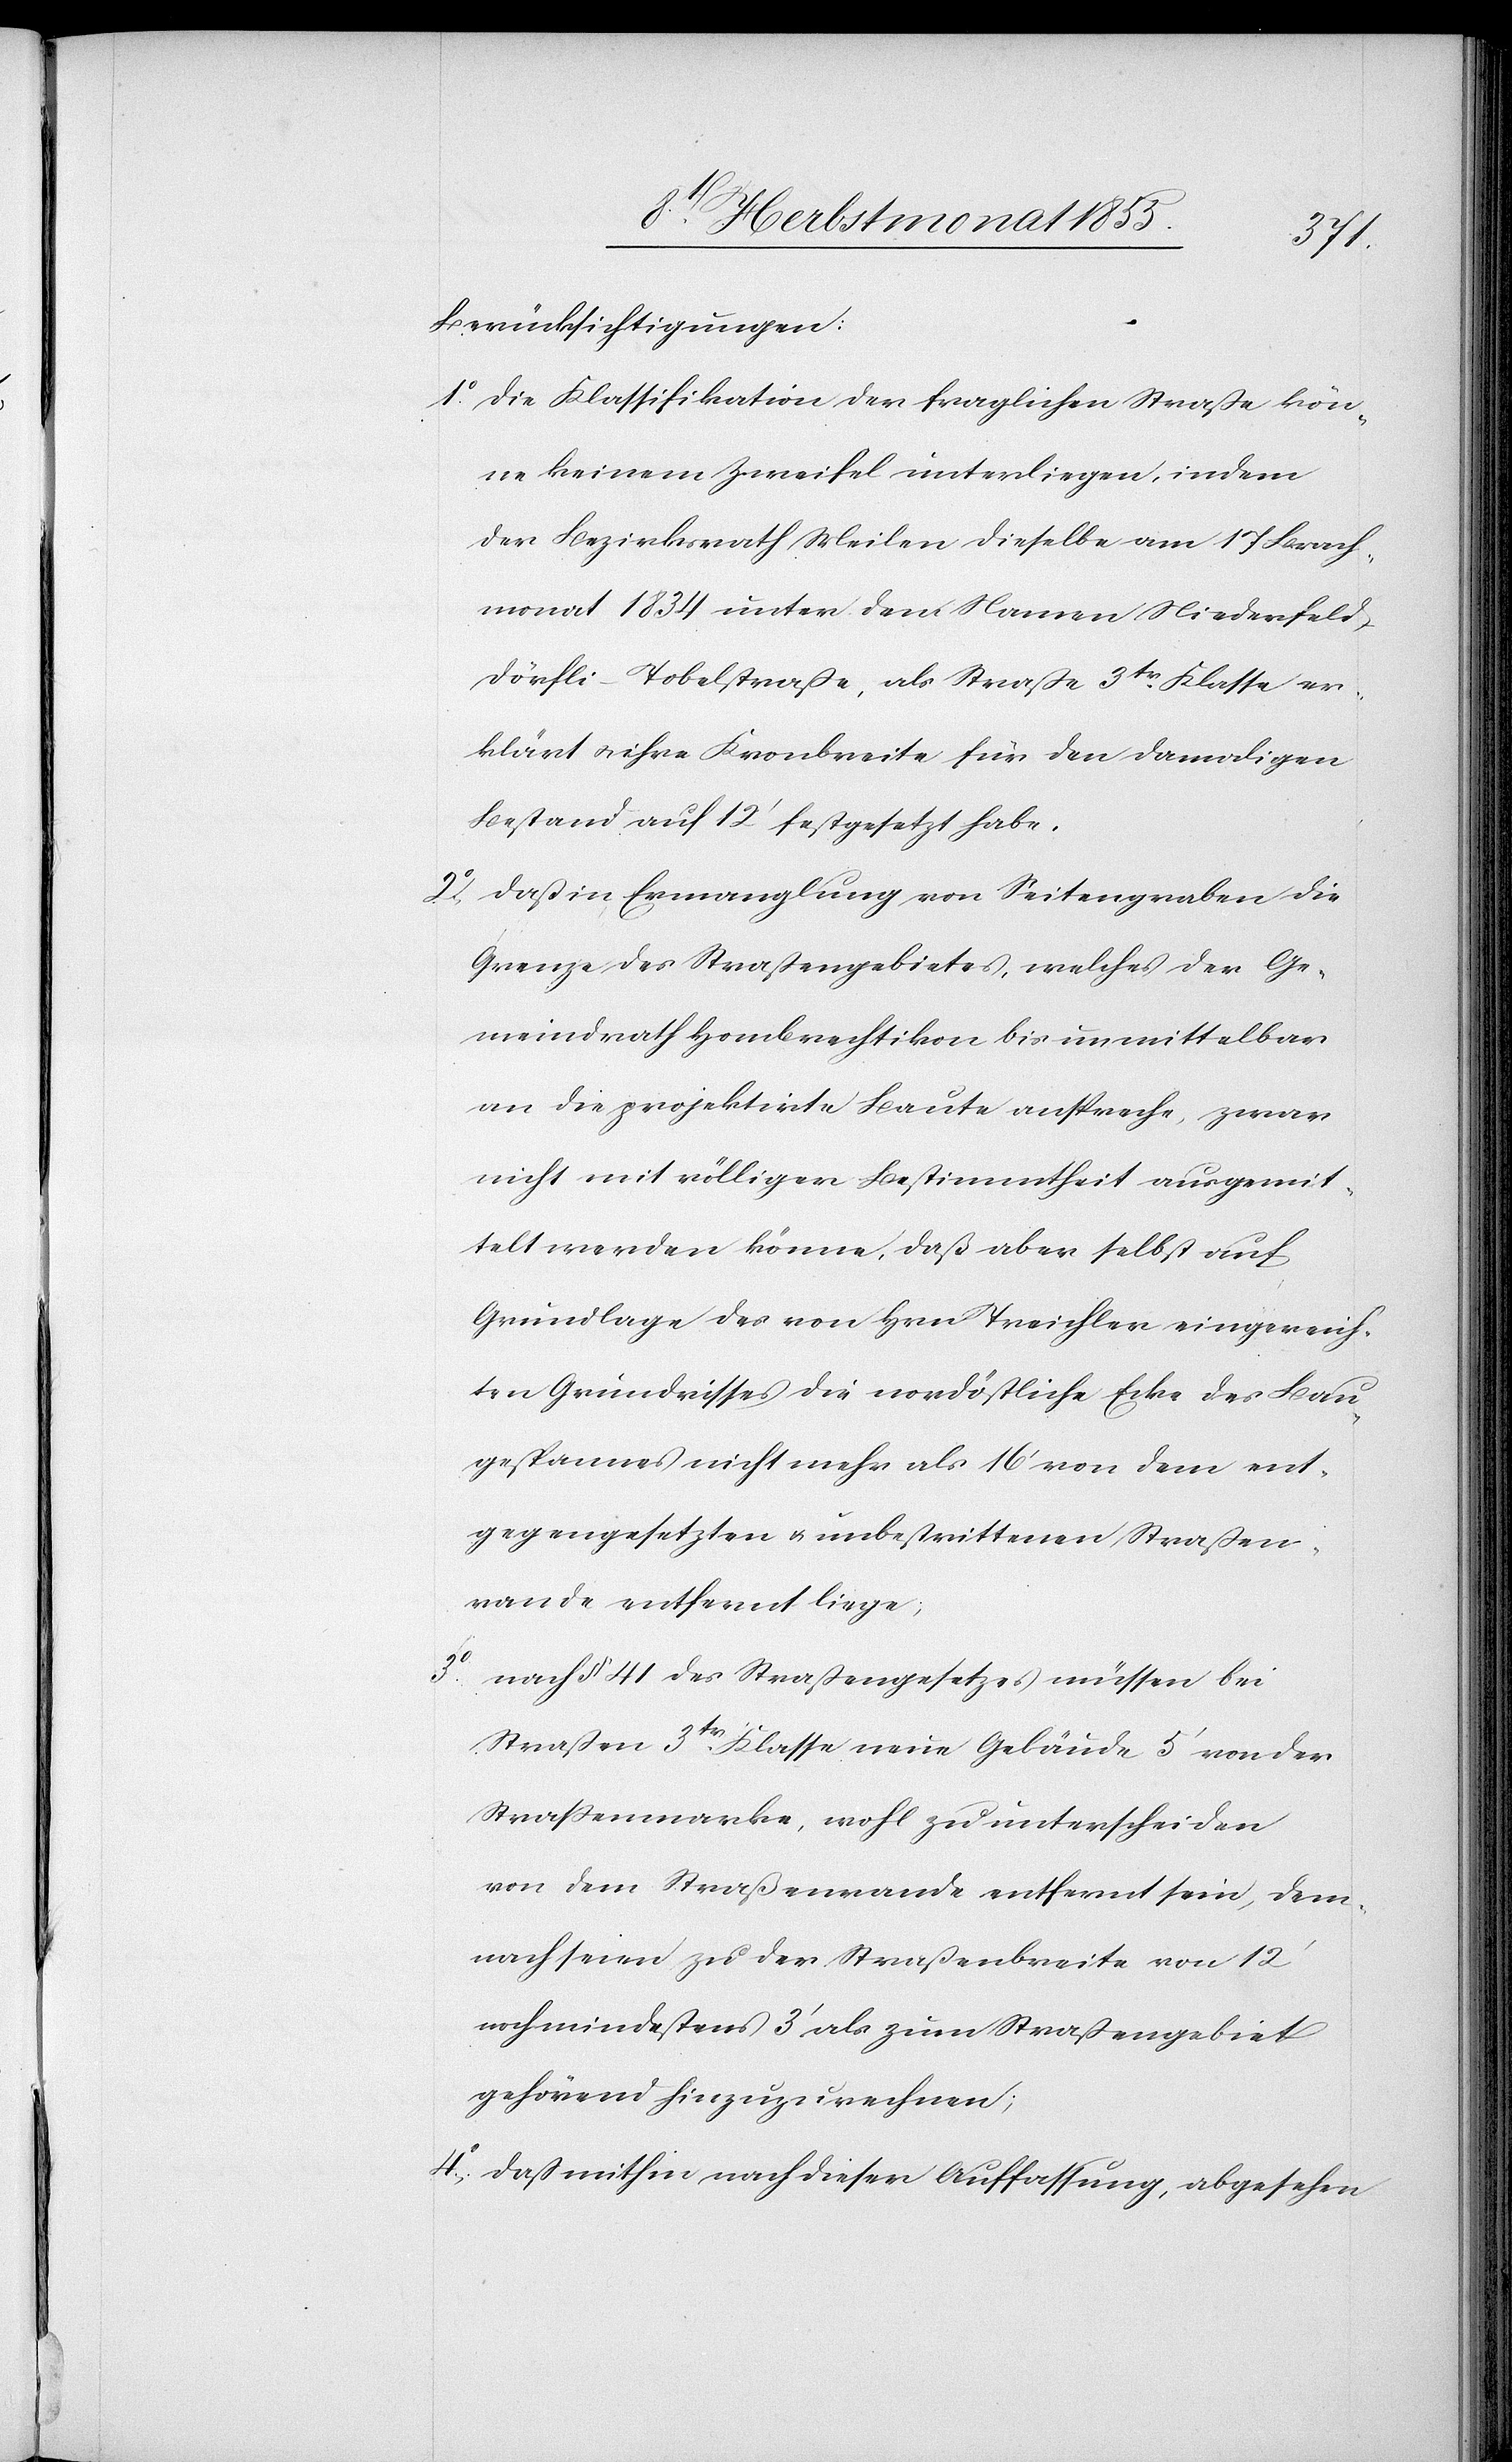
3o.

Berücksichtigungen:
die Klassifikation der fraglichen Straße kön¬
ne keinem Zweifel unterliegen, indem
der Bezirksrath Meilen dieselbe am 17 Brach¬
monat 1834 unter dem Namen Niederfel¬
d-Dörfli-Tobelstraße, als Straße 3tr. Klasse er¬
klärt & ihre Kronbreite für den damaligen
Bestand auf 12‘ festgesetzt habe.
daß in Ermanglung von Seitengraben die
Grenze des Straßengebietes, welches der Ge¬
meindrath Hombrechtikon bis unmittelbar
an die projektirte Baute anspreche, zwar
nicht mit völliger Bestimmtheit ausgemit¬
telt werden könne, daß aber selbst auf
Grundlage des von Hrn Treichler eingereich¬
ten Grundrisses die nordöstliche Ecke des Bau¬
gespannes nicht mehr als 16‘ von dem ent¬
gegengesetzten & unbestrittenen Straßen¬
rande entfernt liege;
nach § 41 des Straßengesetzes müssen bei
Straßen 3tr. Klasse neue Gebäude 5‘ von der
Straßenmarke, wohl zu unterscheiden
von dem Straßenrande entfernt sein, dem¬
nach seien zu der Straßenbreite von 12‘
noch mindestens 3‘ als zum Straßengebiet
gehörend hinzuzurechnen;
daß mithin nach dieser Auffassung, abgesehen